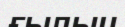
ғылыи